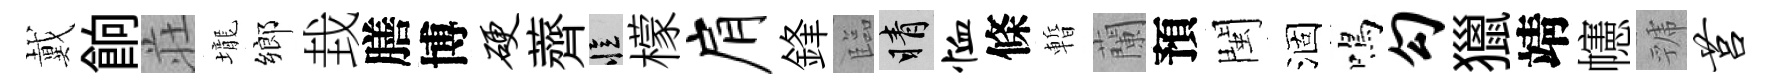
戴餉荘壠鄉㘽膳博硬薺忆檬肩鋒臨睛恤條暫蘭預閩涸鳴勾獵靖幰虢莒